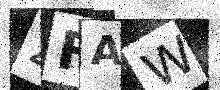
Text: ZFAW